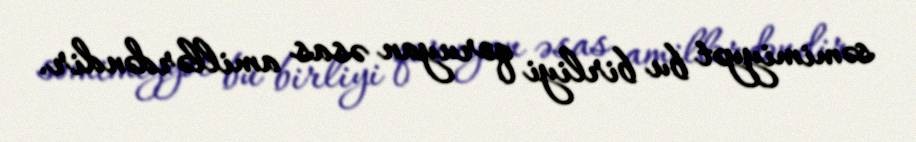
səmimiyyət bu birliyi qoruyan əsas amillərdəndir.